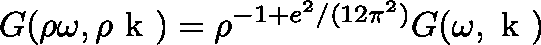
G ( \rho \omega , \rho \mathrm { \boldmath ~ k ~ } ) = \rho ^ { - 1 + e ^ { 2 } / ( 1 2 \pi ^ { 2 } ) } G ( \omega , \mathrm { \boldmath ~ k ~ } )